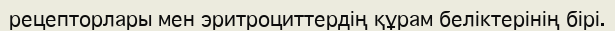
рецепторлары мен эритроциттердің құрам беліктерінің бірі.